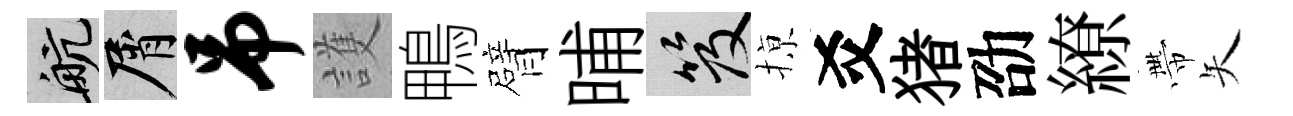
航屑吊護鴨臂晡笈𢱊爻猪劭繚帶矢